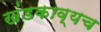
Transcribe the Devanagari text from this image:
खंडकाव्यच